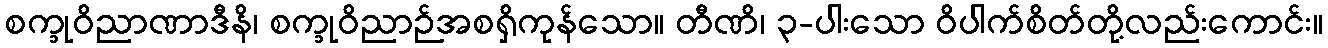
စက္ခုဝိညာဏာဒီနိ၊ စက္ခုဝိညာဉ်အစရှိကုန်သော။ တီဏိ၊ ၃-ပါးသော ဝိပါက်စိတ်တို့လည်းကောင်း။